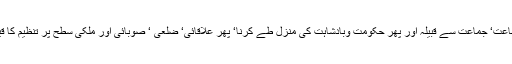
انسان کا ایک جگہ سے دوسری جگہ جانا‘ کسی مخصوص جگہ کو تجارت کی منڈی بنانا‘ فرد سے جماعت‘ جماعت سے قبیلہ اور پھر حکومت وبادشاہت کی منزل طے کرنا‘ پھر علاقائی‘ ضلعی ‘ صوبائی اور ملکی سطح پر تنظیم کا قیام عمل میں لاکر نظام حکومت کے حدود اربعہ میں توسیع کرنا‘ عالمگیر نظام کا ہی تو پیش خیمہ تھا۔